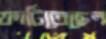
ফাটিতেছেন